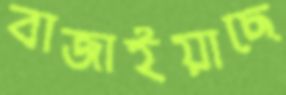
বাজাইয়াছে